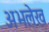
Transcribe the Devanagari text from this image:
अभलेख